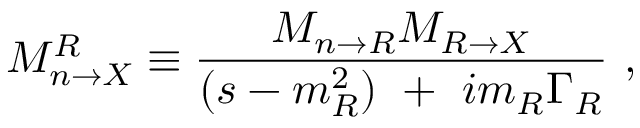
{ \cal { M } } _ { n \rightarrow X } ^ { R } \equiv { \displaystyle \frac { { \cal { M } } _ { n \rightarrow R } { \cal { M } } _ { R \rightarrow X } } { ( s - m _ { R } ^ { 2 } ) \ + \ i m _ { R } \Gamma _ { R } } } \ ,